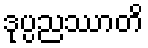
ဒုပ္ပညဿာတိ